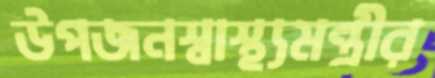
উপজনস্বাস্থ্যমন্ত্রীর